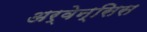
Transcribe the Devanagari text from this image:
अर्वेन्सिस